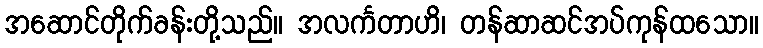
အဆောင်တိုက်ခန်းတို့သည်။ အလင်္ကတာဟိ၊ တန်ဆာဆင်အပ်ကုန်ထသော။